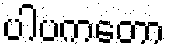
ပါပကတော